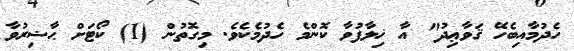
ހެދުމާއިބެހޭ ޤަވާޢިދު" އާ ޚިލާފުވާ ކޮންމެ ހެދުމެކެވެ. މިގޮތުން (1) ކޯޓަށް ޙާޟިރުވާ